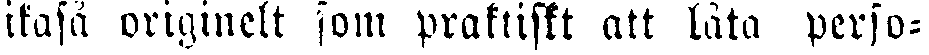
ikaså originelt som praktiskt att låta perso-